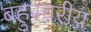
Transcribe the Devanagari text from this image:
बहुस्वरीय